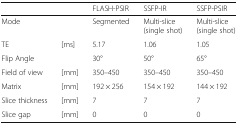
<table><thead><tr><td colspan="2"></td><td><b>FLASH-PSIR</b></td><td><b>SSFP-IR</b></td><td><b>SSFP-PSIR</b></td></tr></thead><tbody><tr><td>Mode</td><td></td><td>Segmented</td><td>Multi-slice (single shot)</td><td>Multi-slice (single shot)</td></tr><tr><td>TE</td><td>[ms]</td><td>5.17</td><td>1.06</td><td>1.05</td></tr><tr><td>Flip Angle</td><td></td><td>30°</td><td>50°</td><td>65°</td></tr><tr><td>Field of view</td><td>[mm]</td><td>350–450</td><td>350–450</td><td>350–450</td></tr><tr><td>Matrix</td><td>[mm]</td><td>192 × 256</td><td>154 × 192</td><td>144 × 192</td></tr><tr><td>Slice thickness</td><td>[mm]</td><td>7</td><td>7</td><td>7</td></tr><tr><td>Slice gap</td><td>[mm]</td><td>0</td><td>0</td><td>0</td></tr></tbody></table>